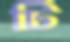
টি